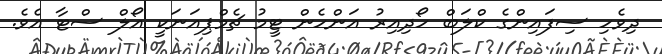
ދިވެހި ސިފައިންގެ ކްލަބް ހޯދިއިރު އަންހެން ޓީމު ޗެމްޕިއަނަކީ އޯލް ސްޓާ އެވެ.